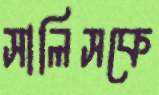
সালিসকে